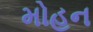
મોહન